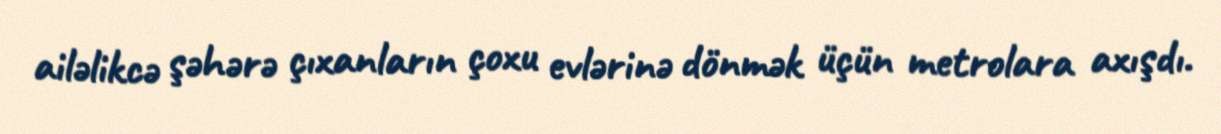
ailəlikcə şəhərə çıxanların çoxu evlərinə dönmək üçün metrolara axışdı.